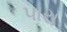
પારા